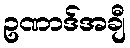
ဥဏာဒ်အချီ